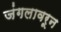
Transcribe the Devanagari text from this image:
जंगलावरून